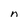
Character: n